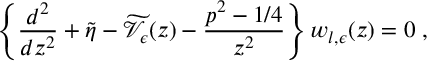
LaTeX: \left\{ \frac { d ^ { 2 } } { d z ^ { 2 } } + \widetilde { \eta } - \widetilde { \mathcal V } _ { \epsilon } ( z ) - \frac { p ^ { 2 } - 1 / 4 } { z ^ { 2 } } \right\} w _ { l , \epsilon } ( z ) = 0 \; ,